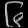
Digit: ၆